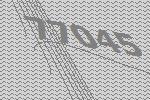
77045